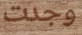
وجدت